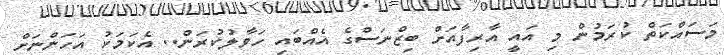
މަސައްކަތް ކުރަމުން މި އައީ އާރިފާއަށް ބިޒްނަސްގެ އެއްބައި ހަވާލުކުރަން.. އެކަމަކު އަހަންނަށް